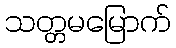
သတ္တမမြောက်